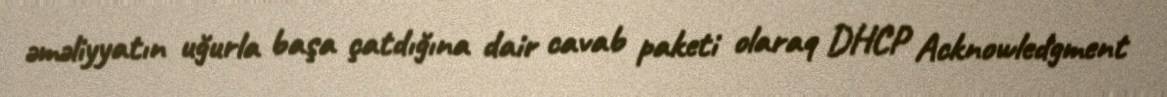
əməliyyatın uğurla başa çatdığına dair cavab paketi olaraq DHCP Acknowledgment